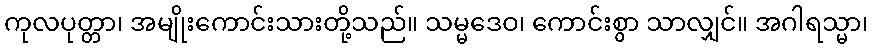
ကုလပုတ္တာ၊ အမျိုးကောင်းသားတို့သည်။ သမ္မဒေဝ၊ ကောင်းစွာ သာလျှင်။ အဂါရသ္မာ၊